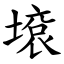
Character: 㙥